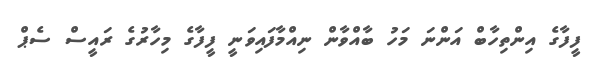
ފީފާގެ އިންތިހާބް އަންނަ މަހު ބާއްވާން ނިއްމާފައިވަނީ ފީފާގެ މިހާރުގެ ރައީސް ސެޕް